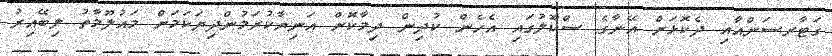
ގަޓާރސަންއާއި ދެކޮޅަށް އޭނާގެ ސްކޫލުގައި އެހެން ކުދިން ދިމާކޮށް އަނިޔާކުރަމުންދިޔަކަމަށް މައުލޫމާތު ލިބޭއިރު